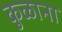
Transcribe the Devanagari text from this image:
कुळाना